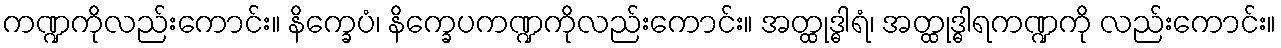
ကဏ္ဍကိုလည်းကောင်း။ နိက္ခေပံ၊ နိက္ခေပကဏ္ဍကိုလည်းကောင်း။ အတ္ထုဒ္ဓါရံ၊ အတ္ထုဒ္ဓါရကဏ္ဍကို လည်းကောင်း။